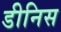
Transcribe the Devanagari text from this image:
डीनिस